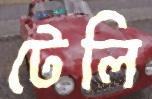
টেলি